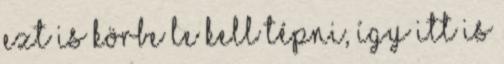
Ezt is körbe le kell tépni, így itt is